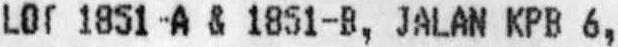
LOT 1851 -A & 1851-B, JALAN KPB 6,